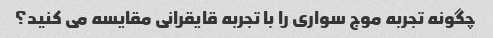
چگونه تجربه موج سواری را با تجربه قایقرانی مقایسه می کنید؟